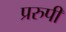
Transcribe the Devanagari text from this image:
प्ररुपी